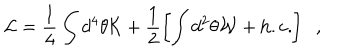
{ \cal L } = \frac { 1 } { 4 } \int d ^ { 4 } \theta { \cal K } + \frac { 1 } { 2 } \left[ \int d ^ { 2 } \theta { \cal W } + \mathrm { h . c . } \right] \; \; ,